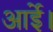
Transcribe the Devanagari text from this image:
आईे।